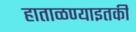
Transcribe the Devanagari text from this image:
हाताळण्याइतकी